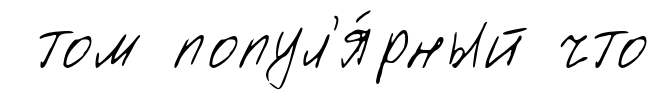
том попул'я́рный что